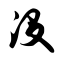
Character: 没